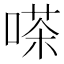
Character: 嗏